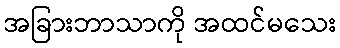
အခြားဘာသာကို အထင်မသေး